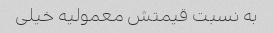
به نسبت قیمتش معمولیه خیلی